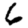
Digit: 6